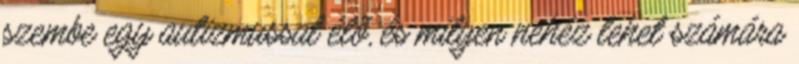
szembe egy autizmussal élő, és milyen nehéz lehet számára